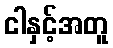
ငါနှင့်အတူ